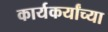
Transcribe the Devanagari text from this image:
कार्यकर्यांच्या